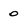
Character: 0